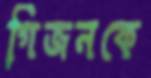
গিজনকে